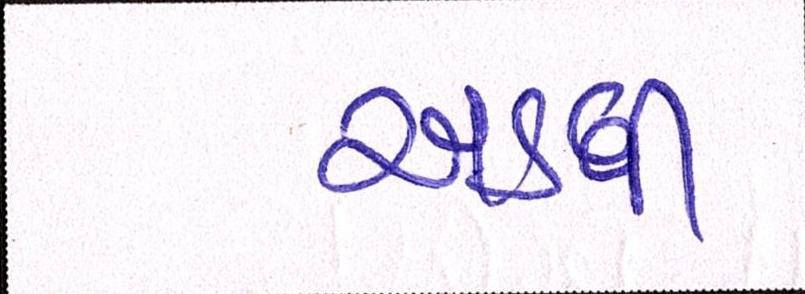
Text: અડધી